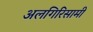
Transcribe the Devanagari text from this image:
अलगिरिसामी